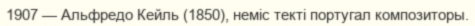
1907 — Альфредо Кейль (1850), неміс текті португал композиторы.